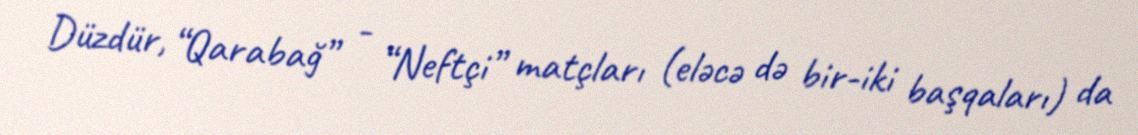
Düzdür, “Qarabağ” - “Neftçi” matçları (eləcə də bir-iki başqaları) da